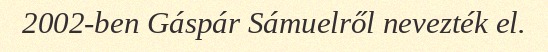
2002-ben Gáspár Sámuelről nevezték el.